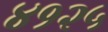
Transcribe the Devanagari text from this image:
४१२५